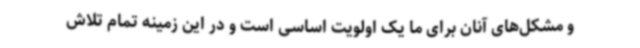
و مشکل‌های آنان برای ما یک اولویت اساسی است و در این زمینه تمام تلاش